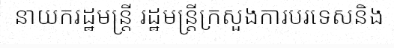
នាយករដ្ឋមន្ត្រី រដ្ឋមន្ត្រីក្រសួងការបរទេសនិង